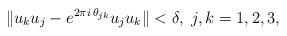
LaTeX: \begin{align*}\|u_ku_j-e^{2\pi i\, \theta_{jk}}u_ju_k\|<\delta,\,\, j, k = 1, 2, 3,\end{align*}